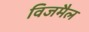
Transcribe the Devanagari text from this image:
विजमैल